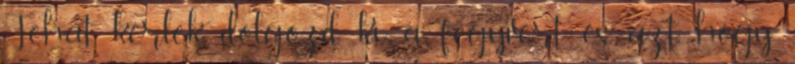
Tehát, kérlek, dolgozd ki a fegyvert és azt, hogy